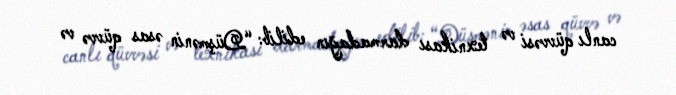
canlı qüvvəsi və texnikası darmadağın edilib: “Düşmənin əsas qüvvə və